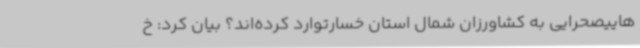
هاییصحرایی به کشاورزان شمال استان خسارتوارد کرده‌اند؟ بیان کرد: خ